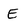
Character: E